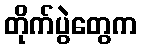
တိုက်ပွဲတွေက